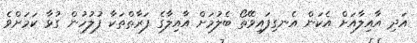
އަދި އާއިލާއަށް އެކަން އެނގިފައިވޭތޯ ބެލުމަށް އާއިލާގެ ފަރާތްތަކާ ފުލުހުން ގުޅާ ކަމަށްވެ